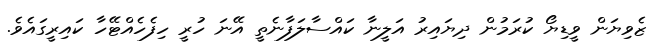
ޒެވިޔަން ވީޑިޔޯ ކުރަމުން ދިޔައިރު އަލީނާ ކައްސާލަފާނެތީ އޭނަ ހުރީ ހިފެހެއްޓޭހާ ކައިރީގައެވެ.